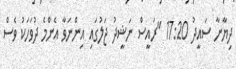
ދިޔާނާ ސައީދު 17:20 "ރައީސް ނަޝީދު ޖަލުގައި އިންނަވާ އެންމެ ދުވަހަކު ވެސް